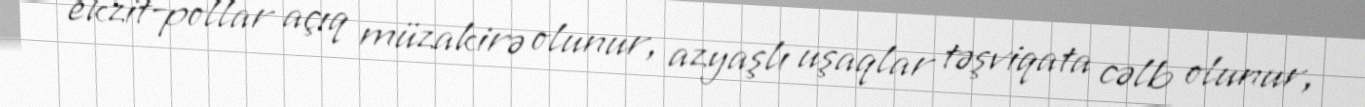
ekzit-pollar açıq müzakirə olunur, azyaşlı uşaqlar təşviqata cəlb olunur,